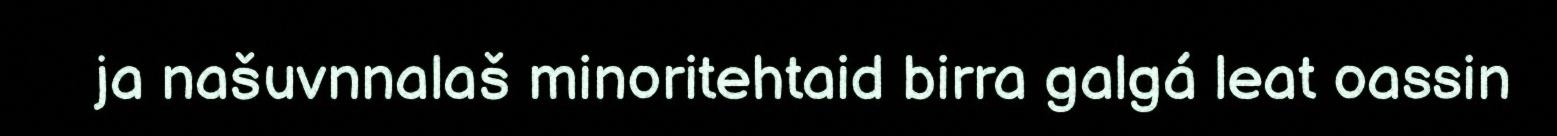
ja našuvnnalaš minoritehtaid birra galgá leat oassin